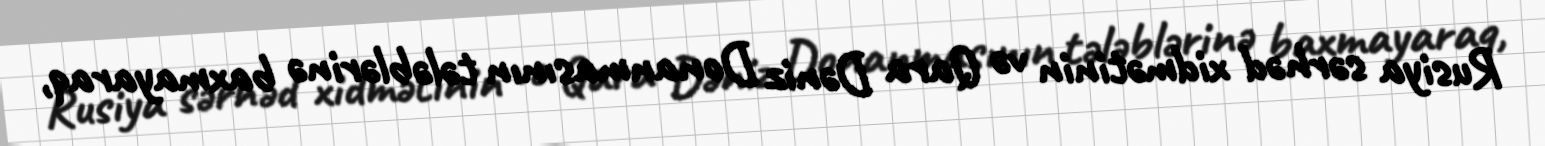
Rusiya sərhəd xidmətinin və Qara Dəniz Donanmasının tələblərinə baxmayaraq,